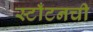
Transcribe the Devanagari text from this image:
स्टाँटनची